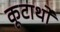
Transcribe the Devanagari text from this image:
कूटार्थों